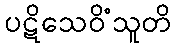
ပဋိသေဝိံသူတိ